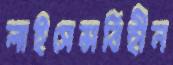
লাইসেন্সবিহীন